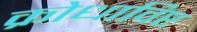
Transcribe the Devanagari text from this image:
क्रोधाविष्ट